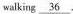
walking \underline { 3 6 } .